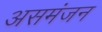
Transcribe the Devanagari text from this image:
असमंजन